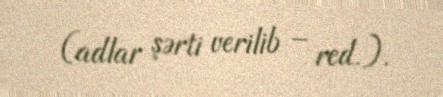
(adlar şərti verilib – red.).